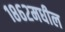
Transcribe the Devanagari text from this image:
१८६२मधील